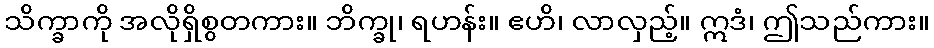
သိက္ခာကို အလိုရှိစွတကား။ ဘိက္ခု၊ ရဟန်း။ ဧဟိ၊ လာလှည့်။ ဣဒံ၊ ဤသည်ကား။